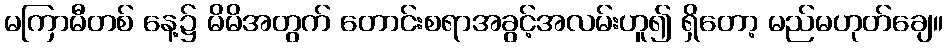
မကြာမီတစ် နေ့၌ မိမိအတွက် တောင်းစရာအခွင့်အလမ်းဟူ၍ ရှိတော့ မည်မဟုတ်ချေ။